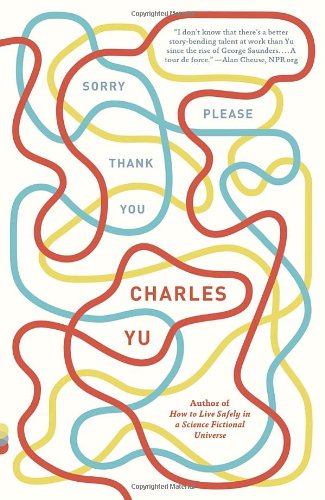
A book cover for Sorry Please Thank You: Stories (Vintage Contemporaries); Charles Yu; Literature & Fiction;